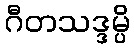
ဂီတသဒ္ဒမ္ပိ